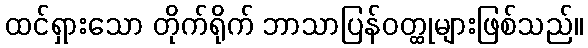
ထင်ရှားသော တိုက်ရိုက် ဘာသာပြန်ဝတ္ထုများဖြစ်သည်။